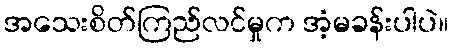
အသေးစိတ်ကြည်လင်မှုက အံ့မခန်းပါပဲ။